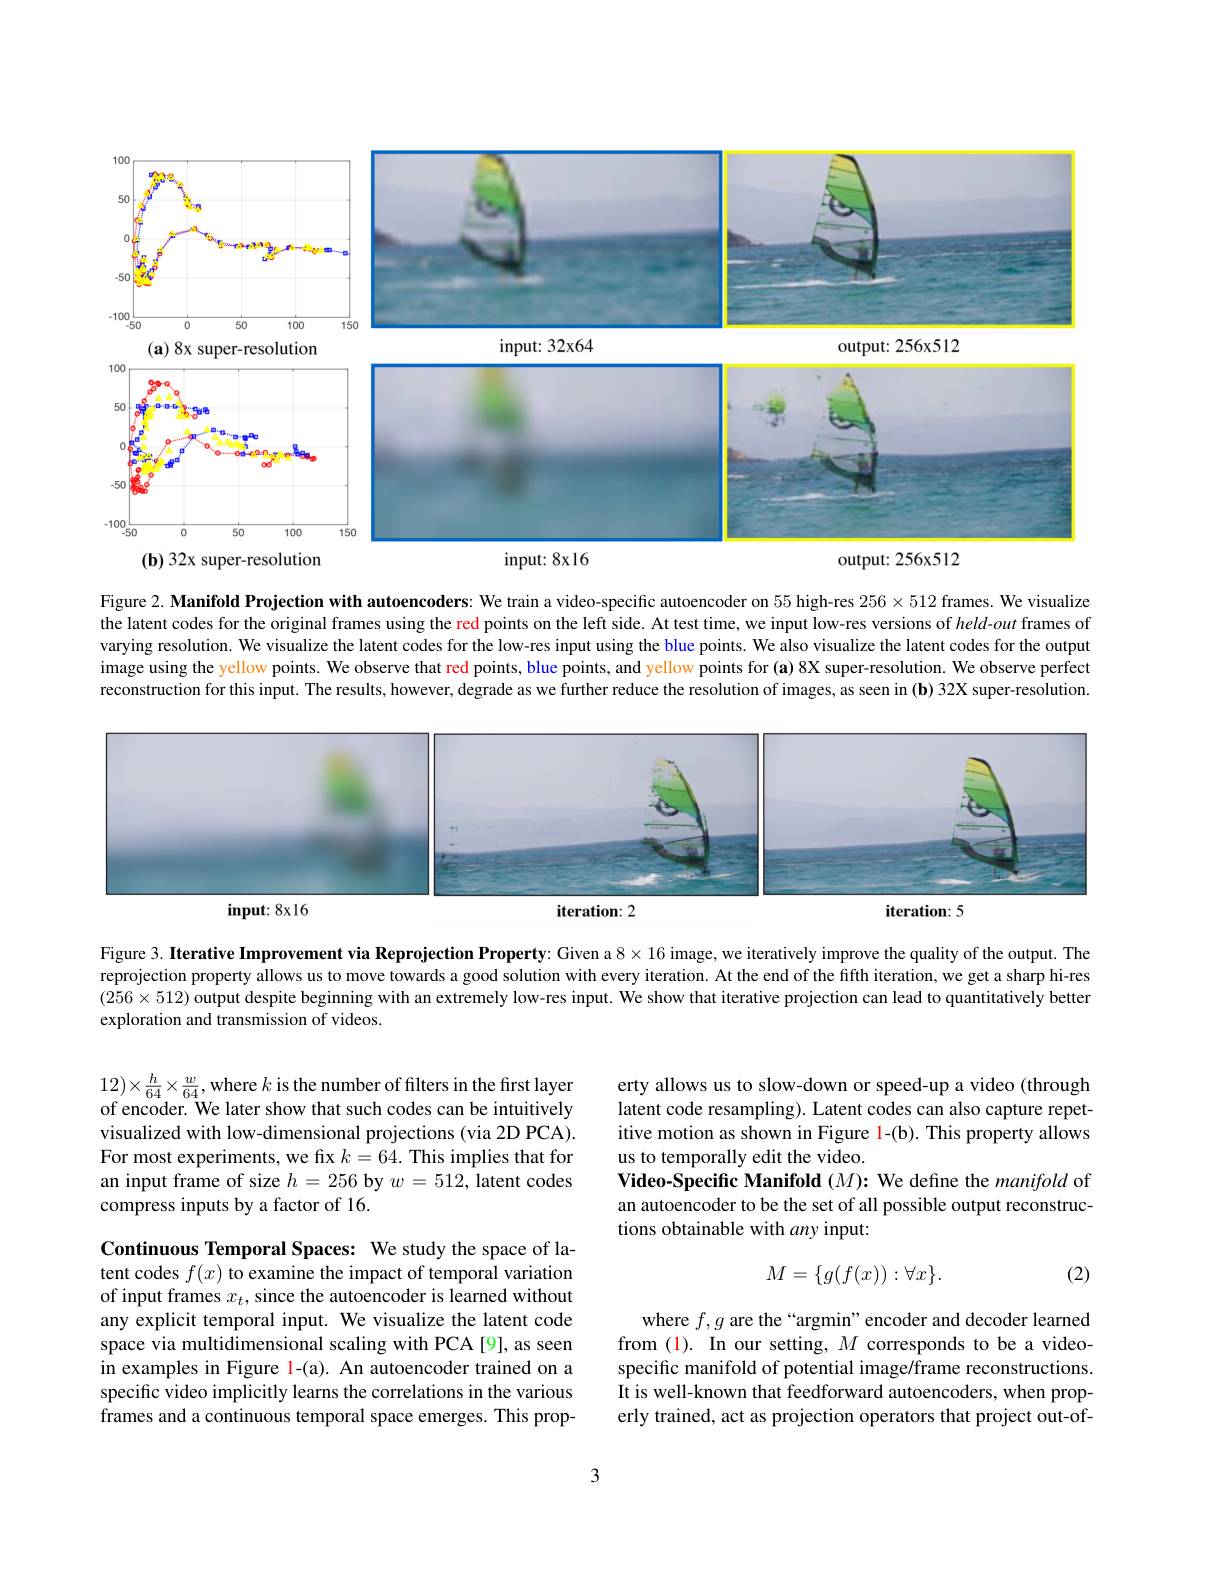
<FigureHere>
output: 256x512
(b) 32x super-resolution
input: 8x16

Figure 2. Manifold Projection with autoencoders: We train a video-specific autoencoder on 55 high-res $256\times512$ frames. We visualize the latent codes for the original frames using the red points on the left side. At test time, we input low-res versions of $held-out$ frames of varying resolution. We visualize the latent codes for the low-res input using the blue points. We also visualize the latent codes for the output image using the yellow points. We observe that red points, blue points, and yellow points for (a) 8X super-resolution. We observe perfect reconstruction for this input. The results, however, degrade as we further reduce the resolution of images, as seen in (b) 32X super-resolution.

<FigureHere>
$input:8x16$
iteration: 2
iteration: 5

Figure 3. Iterative Improvement via Reprojection Property: Given a $8\times16$ image, we iteratively improve the quality of the output. The reprojection property allows us to move towards a good solution with every iteration. At the end of the fifth iteration, we get a sharp hi-res $(256\times512)$ output despite beginning with an extremely low-res input. We show that iterative projection can lead to quantitatively better exploration and transmission of videos.

$12)\times\frac{h}{64}\times\frac{w}{64}$,where $k$ is the number of filters in the first layer of encoder. We later show that such codes can be intuitively visualized with low-dimensional projections (via 2D PCA). For most experiments, we fix $k=64.$ This implies that for an input frame of size $h=256$ by $w=512$, latent codes compress inputs by a factor of 16.

erty allows us to slow-down or speed-up a video (through latent code resampling). Latent codes can also capture repetitive motion as shown in Figure l-(b). This property allows us to temporally edit the video.
Video-Specific Manifold $(M):$ We define the manifold of an autoencoder to be the set of all possible output reconstructions obtainable with any input:

(2)
$$M=\{g(f(x)):\forall x\}.$$
Continuous Temporal Spaces: We study the space of latent codes $f(x)$ to examine the impact of temporal variation of input frames $x_t$, since the autoencoder is learned without any explicit temporal input. We visualize the latent code space via multidimensional scaling with PCA[9], as seen in examples in Figure 1-(a). An autoencoder trained on a specific video implicitly learns the correlations in the various $\hat{\text{frames and a continuous temporal space emerges. This prop-}}$

where $f,g$ are the “argmin”encoder and decoder learned from (1). In our setting, $M$ corresponds to be a videospecific manifold of potential image/frame reconstructions It is well-known that feedforward autoencoders, when properly trained, act as projection operators that project out-of-

3